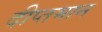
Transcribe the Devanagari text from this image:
दीप्तमान